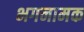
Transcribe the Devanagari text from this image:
भगनामक